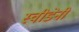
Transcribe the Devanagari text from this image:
स्वीडेनी